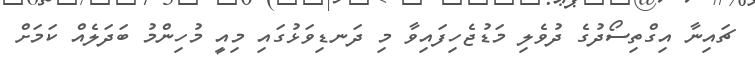
ޗައިނާ އިގްތިސޯދުގެ ދުވެލި މަޑުޖެހިފައިވާ މި ދަނޑިވަޅުގައި މިއީ މުހިންމު ބަދަލެއް ކަމަށް